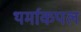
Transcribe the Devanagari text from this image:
थर्माकपल